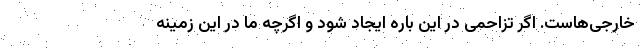
خارجی‌هاست. اگر تزاحمی در این باره ایجاد شود و اگرچه ما در این زمینه